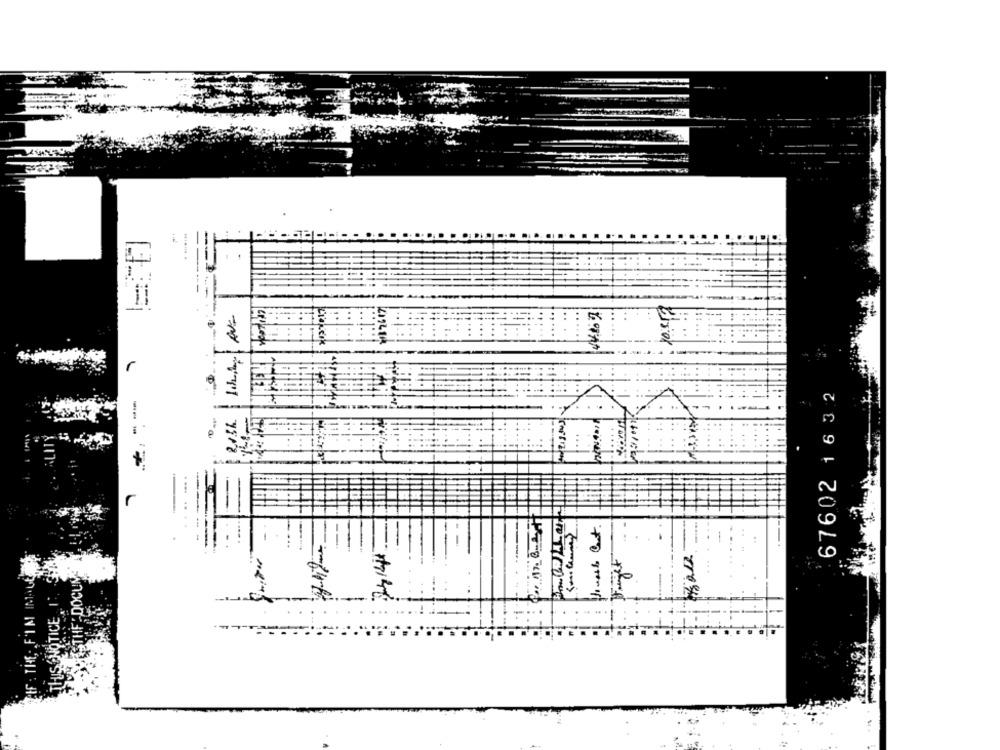
....
creperie
67602 16 3 2
-a
--
-
.-
1
:
lite
--
....